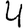
Digit: 4